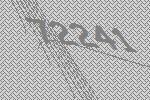
72241